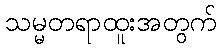
သမ္မတရာထူးအတွက်